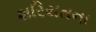
શરિયતના